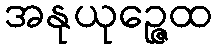
အနုယုဉ္ဇေထ